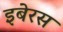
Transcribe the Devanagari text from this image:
इबेरस